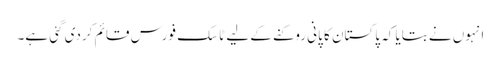
انہوں نے بتایا کہ پاکستان کا پانی روکنے کے لیے ٹاسک فورس قائم کردی گئی ہے۔